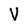
Character: V